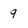
Character: 9